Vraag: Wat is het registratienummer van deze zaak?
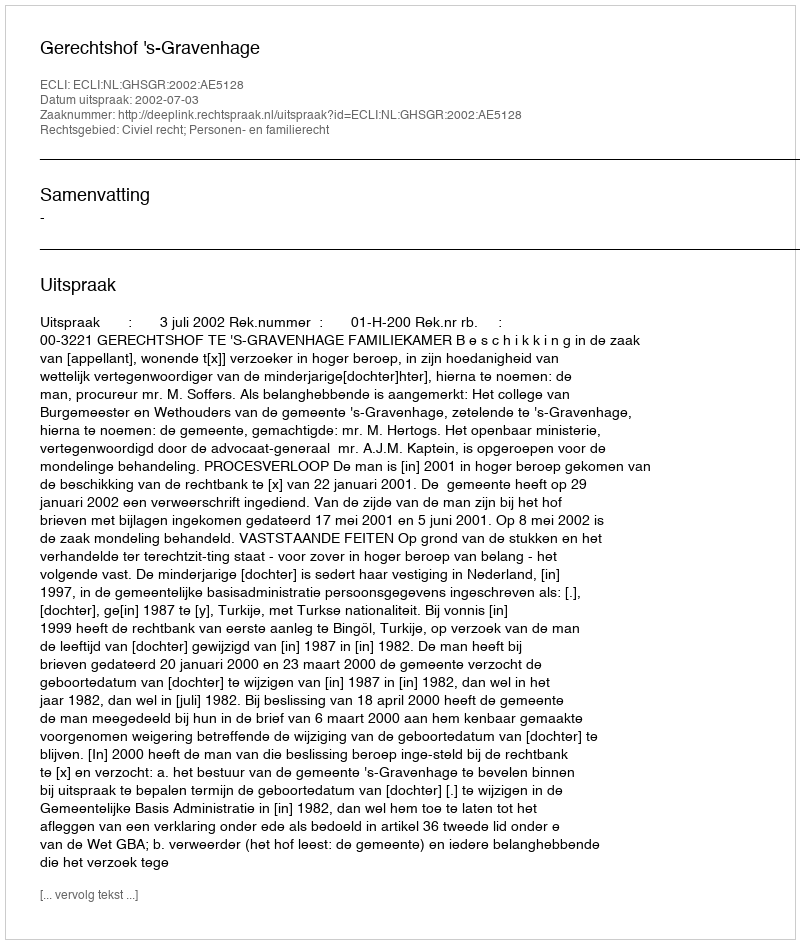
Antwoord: http://deeplink.rechtspraak.nl/uitspraak?id=ECLI:NL:GHSGR:2002:AE5128